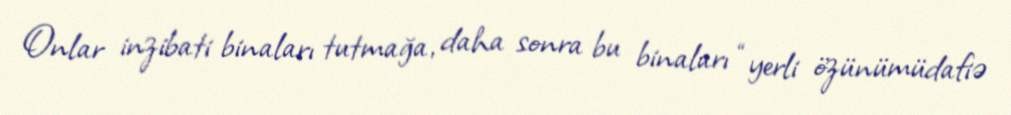
Onlar inzibati binaları tutmağa, daha sonra bu binaları “yerli özünümüdafiə